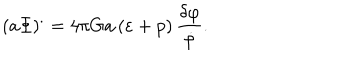
LaTeX: \left( a \Phi \right) ^ { . } = 4 \pi G a \left( \varepsilon + p \right) \frac { \delta \varphi } { \dot { \varphi } } .